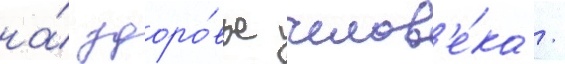
на́ здоро́вье челов'е́ка /